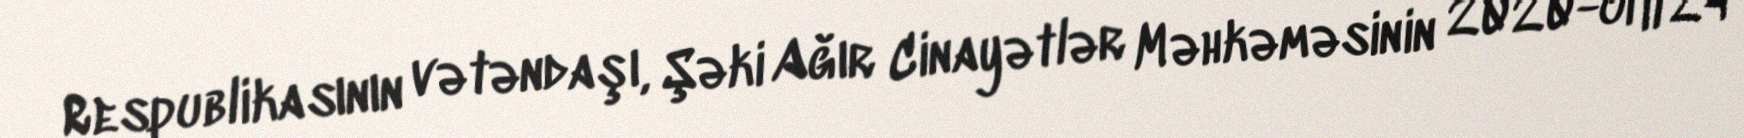
Respublikasının vətəndaşı, Şəki Ağır Cinayətlər Məhkəməsinin 2020-ci il 24